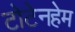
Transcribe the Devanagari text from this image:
टोटेनहेम